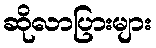
ဆိုလာပြားများ